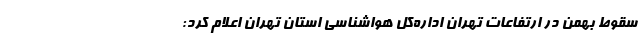
سقوط بهمن در ارتفاعات تهران اداره‌کل هواشناسی استان تهران اعلام کرد: